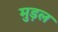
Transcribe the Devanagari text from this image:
मुड़ल